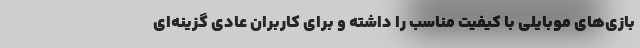
بازی‌های موبایلی با کیفیت مناسب را داشته و برای کاربران عادی گزینه‌ای